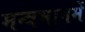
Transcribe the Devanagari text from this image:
मन्त्रभागमें